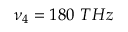
\nu _ { 4 } = 1 8 0 ~ T H z